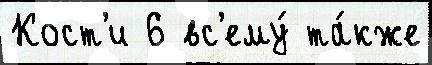
Кост'и 6 вс'ему́ та́кже